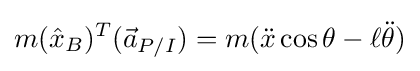
m({\hat {x}}_{B})^{T}({\vec {a}}_{P/I})=m({\ddot {x}}\cos \theta -\ell {\ddot {\theta }})